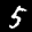
Digit: 5